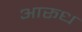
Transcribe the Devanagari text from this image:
आरूध